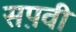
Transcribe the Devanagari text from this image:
सप़वी